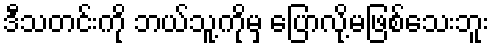
ဒီသတင်းကို ဘယ်သူ့ကိုမှ ပြောလို့မဖြစ်သေးဘူး